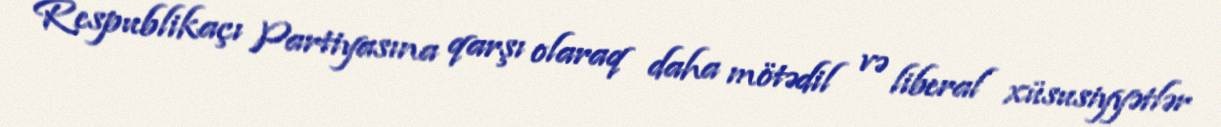
Respublikaçı Partiyasına qarşı olaraq daha mötədil və liberal xüsusiyyətlər